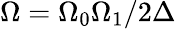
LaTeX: \Omega=\Omega_{0}\Omega_{1}/2\Delta